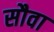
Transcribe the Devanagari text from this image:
सौवा